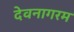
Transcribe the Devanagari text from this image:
देवनागरम